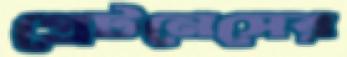
গ্রেটনেসের